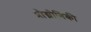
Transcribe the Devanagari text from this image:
प्रौद्मोगिकी